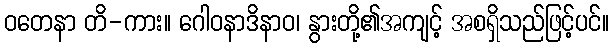
ဝတေနာ တိ-ကား။ ဂေါဝနာဒိနာဝ၊ နွားတို့၏အကျင့် အစရှိသည်ဖြင့်ပင်။